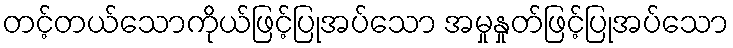
တင့်တယ်သောကိုယ်ဖြင့်ပြုအပ်သော အမှုနှုတ်ဖြင့်ပြုအပ်သော